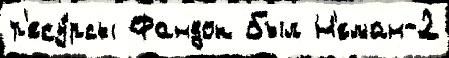
р'есу́рсы Фандок был Н'еман-2